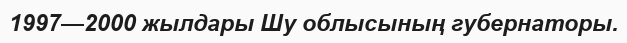
1997—2000 жылдары Шу облысының губернаторы.